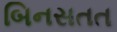
બિનસતત